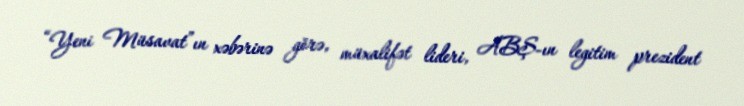
“Yeni Müsavat”ın xəbərinə görə, müxalifət lideri, ABŞ-ın legitim prezident